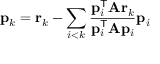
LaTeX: \mathbf { p } _ { k } = \mathbf { r } _ { k } - \sum _ { i < k } { \frac { \mathbf { p } _ { i } ^ { \mathsf { T } } \mathbf { A } \mathbf { r } _ { k } } { \mathbf { p } _ { i } ^ { \mathsf { T } } \mathbf { A } \mathbf { p } _ { i } } } \mathbf { p } _ { i }